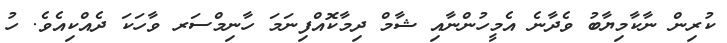
ކުރިން ނާކާމިޔާބު ވެދާނެ އެމީހުންނާއި ޝާމް ދިމާކޮއްފިނަމަ ހާނިމްސަރ ވާހަކަ ދެއްކިއެވެ. ހު